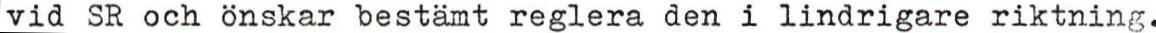
vid SR och önskar bestämt reglera den i lindrigare riktning.